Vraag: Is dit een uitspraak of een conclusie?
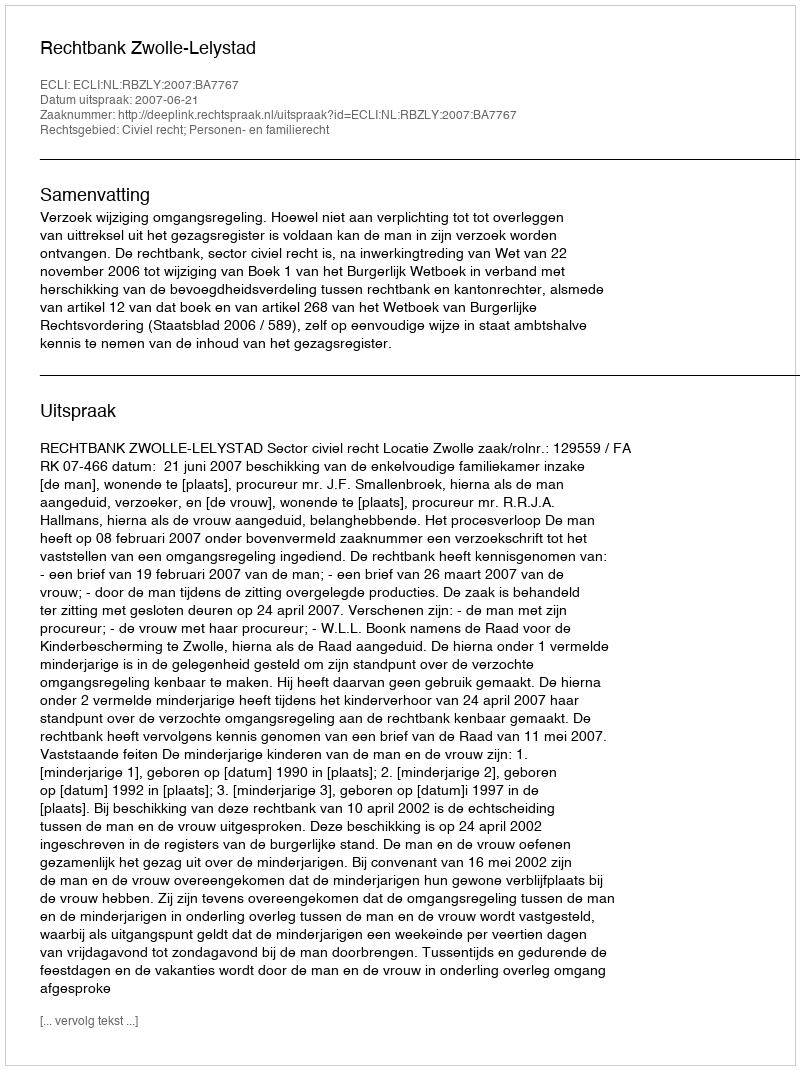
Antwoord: Uitspraak